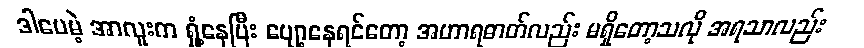
ဒါပေမဲ့ အာလူးက ရှုံ့နေပြီး ပျော့နေရင်တော့ အဟာရဓာတ်လည်း မရှိတော့သလို အရသာလည်း